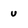
Character: u